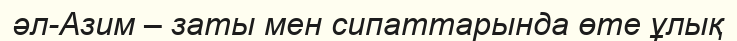
әл-Азим – заты мен сипаттарында өте ұлық